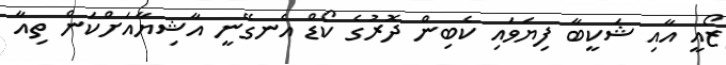
ޒޯއީ އާއި ޝަކީބާ ފިޔަވައި ކެބިން ދޮރުގެ ކޯޑް އެނގޭނީ އާޝިޔާއަށްކަން ތިއާ